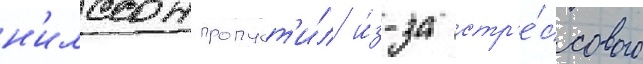
н'илссон пропуст'и́л и́з-за стр'е́ссового